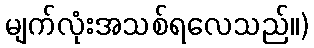
မျက်လုံးအသစ်ရလေသည်။)